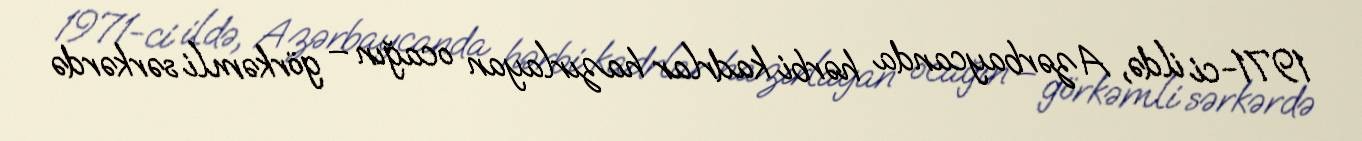
1971-ci ildə, Azərbaycanda hərbi kadrlar hazırlayan ocağın – görkəmli sərkərdə